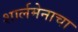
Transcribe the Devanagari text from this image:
शार्लमेनाचा